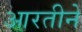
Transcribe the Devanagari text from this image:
आरतीने